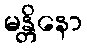
မန္တိနော